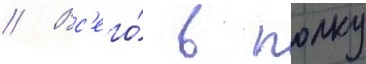
// Вс'его́ в полку